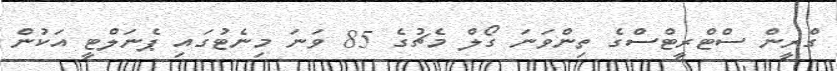
ގްރީން ސްޓްރީޓްސްގެ ތިންވަނަ ގޯލް މެޗުގެ 85 ވަނަ މިނެޓުގައި ޕެނަލްޓީ އަކުން